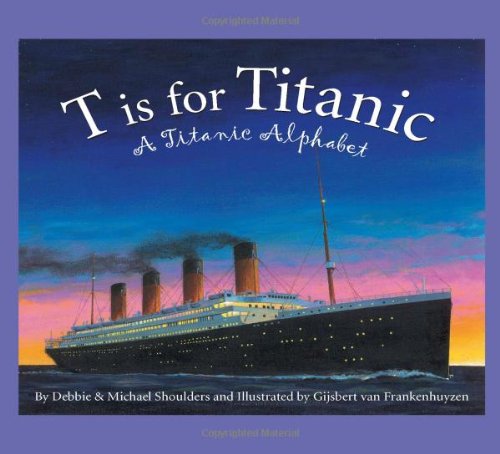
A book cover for T is for Titanic: A Titanic Alphabet (Sleeping Bear Alphabets); Debbie Shoulders; Children's Books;